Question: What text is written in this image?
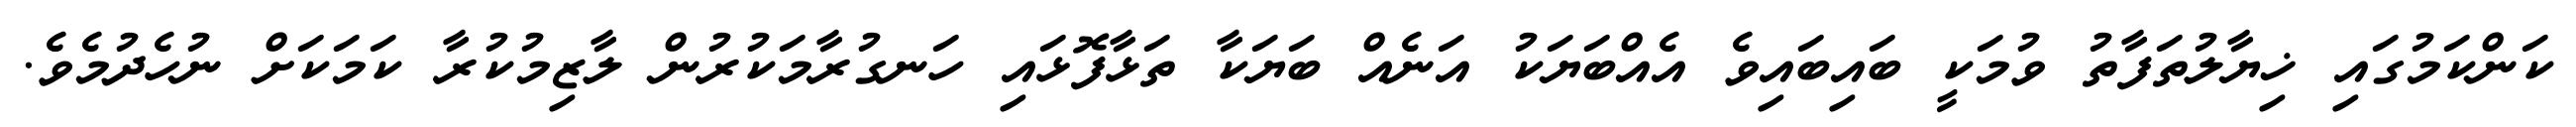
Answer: ކަންކަމުގައި ޚިޔާލުތަފާތު ވުމަކީ ބައިބައިވެ އެއްބަޔަކު އަނެއް ބަޔަކާ ތަޅާފޮޅައި ހަނގުރާމަކުރުން ލާޒިމުކުރާ ކަމަކަށް ނުހެދުމެވެ.